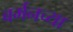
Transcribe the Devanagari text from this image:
बर्मनच्या